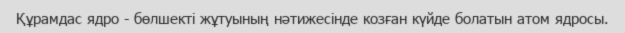
Құрамдас ядро - бөлшекті жұтуының нәтижесінде козған күйде болатын атом ядросы.